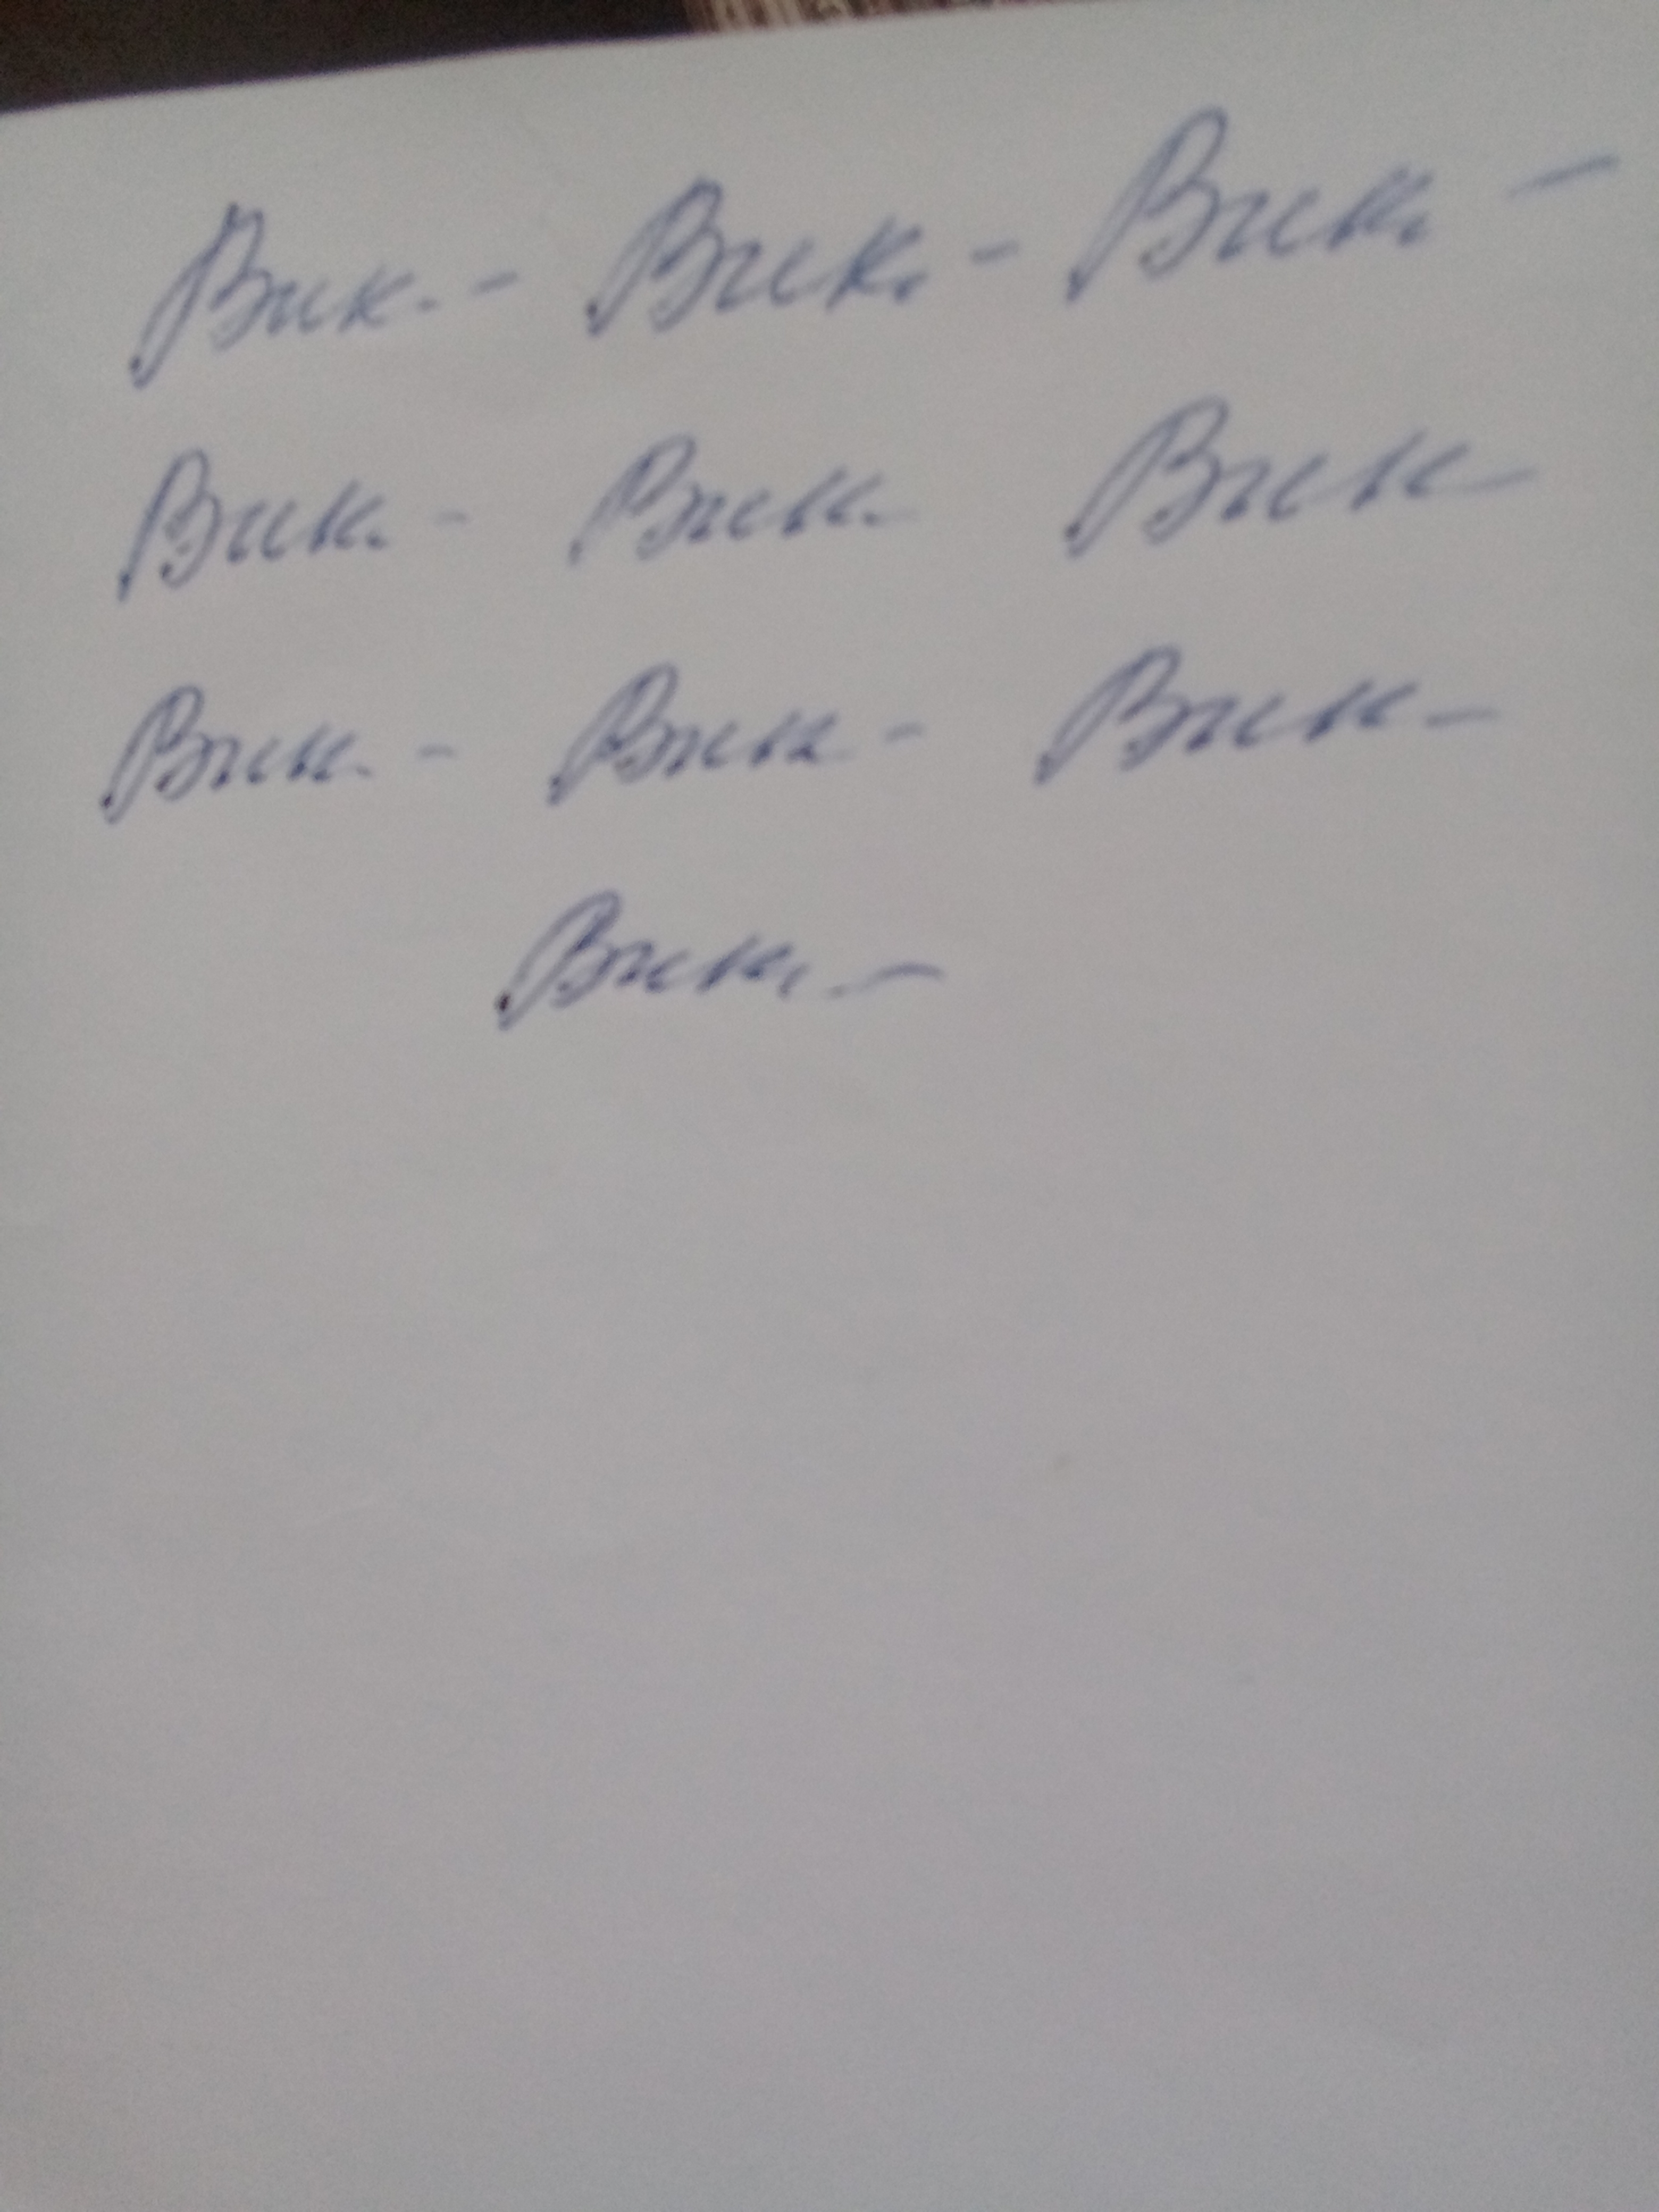
Signature authenticity: forged